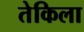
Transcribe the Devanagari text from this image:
तेकिला